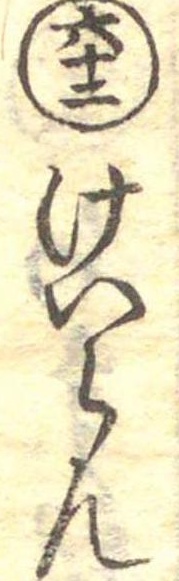
六十二けいらん